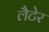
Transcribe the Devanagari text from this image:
लैटेर